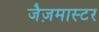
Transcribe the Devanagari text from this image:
जैज़मास्टर